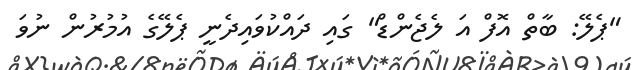
"ޕެލޭ: ބާތް އޮފް އަ ލެެޖެންޑް" ގައި ދައްކުވައިދެނީ ޕެލޭގެ އުމުރުން ނުވަ